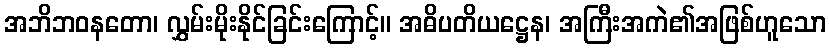
အဘိဘဝနတော၊ လွှမ်းမိုးနိုင်ခြင်းကြောင့်။ အဓိပတိယဋ္ဌေန၊ အကြီးအကဲ၏အဖြစ်ဟူသော